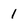
Character: 1